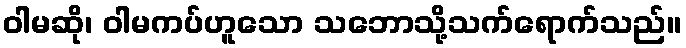
ဝါမဆို၊ ဝါမကပ်ဟူသော သဘောသို့သက်ရောက်သည်။